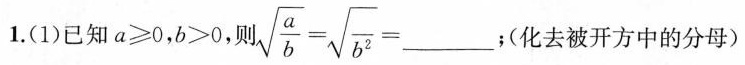
1.(1)已知$$a ≥ 0$$，$$b > 0$$，则$$\sqrt { \frac { a } { b } } = \sqrt { \frac { } { b ^ { 2 } } } = ___ $$；(化去被开方中的分母)